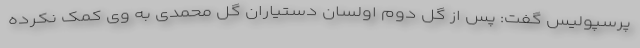
پرسپولیس گفت: پس از گل دوم اولسان دستیاران گل محمدی به وی کمک نکرده